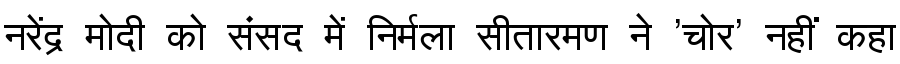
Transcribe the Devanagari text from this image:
नरेंद्र मोदी को संसद में निर्मला सीतारमण ने 'चोर' नहीं कहा